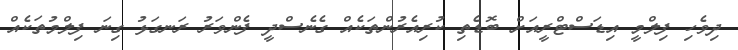
ދިވެހި ފިލްމީ އިޑަސްޓްރީއަށް ބޮޑެތި ކުރިއެރުންތަކެއް ގެނެސްދީ ފެންވަރު ރަނގަޅު ގިނަ ފިލްމުތަކެއް